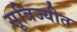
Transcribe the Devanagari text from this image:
सूत्रिज्यीत